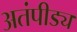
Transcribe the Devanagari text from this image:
अतंपीड्य